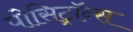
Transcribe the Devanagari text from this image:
पोसिट्रॉन्स